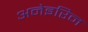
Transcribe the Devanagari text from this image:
अनेइरिन